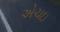
એચઇ